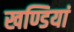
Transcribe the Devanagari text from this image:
खण्डियां